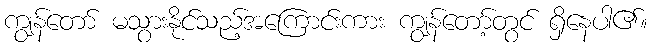
ကျွန်တော် မသွားနိုင်သည့်အကြောင်းကား ကျွန်တော့်တွင် ရှိနေပါ၏။